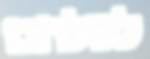
לשלחם